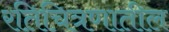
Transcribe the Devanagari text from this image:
रतिचित्रणातील